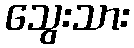
သွေးသား